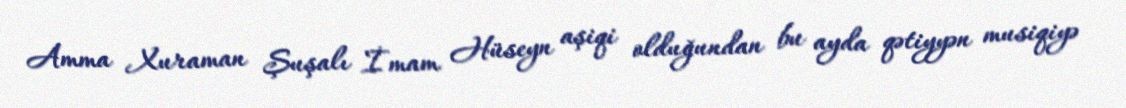
Amma Xuraman Şuşalı İmam Hüseyn aşiqi olduğundan bu ayda qətiyyən musiqiyə